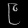
Digit: ၉